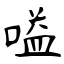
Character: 嗌